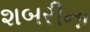
શબરીના